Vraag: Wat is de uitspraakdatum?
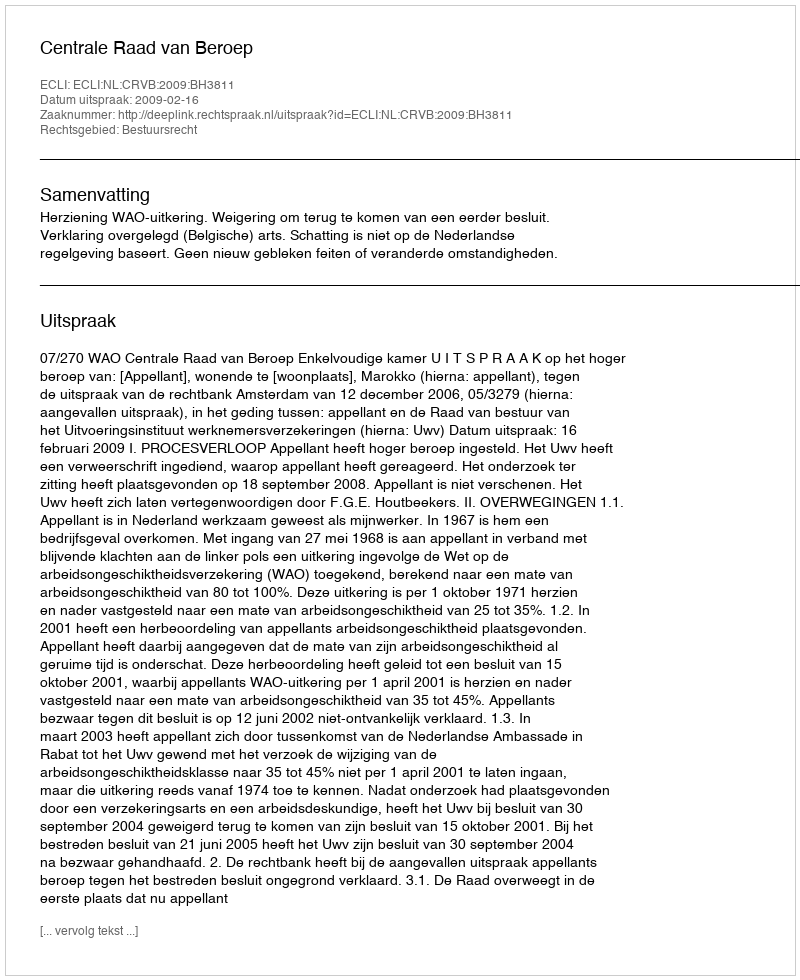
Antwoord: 2009-02-16